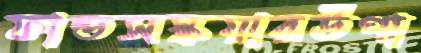
ফান্ডসস্কয়ারউপা